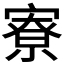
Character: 寮